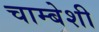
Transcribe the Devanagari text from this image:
चाम्बेशी